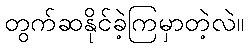
တွက်ဆနိုင်ခဲ့ကြမှာတဲ့လဲ။